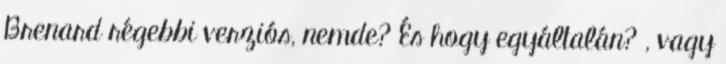
Brenard régebbi verziós, nemde? És hogy egyáltalán? , vagy